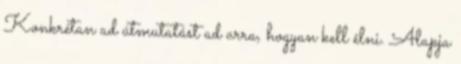
Konkrétan ad útmutatást ad arra, hogyan kell élni. Alapja